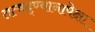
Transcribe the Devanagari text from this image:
तत्वद्ण्यानापेक्षा